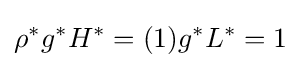
\rho ^{*}g^{*}H^{*}=(1)g^{*}L^{*}=1